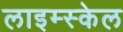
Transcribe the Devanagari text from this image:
लाइम्स्केल